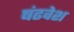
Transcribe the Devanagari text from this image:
षंढवेश